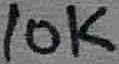
Text: 10K